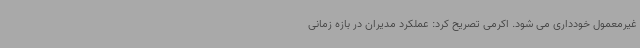
غیرمعمول خودداری می شود. اکرمی تصریح کرد: عملکرد مدیران در بازه زمانی